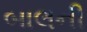
બાલની